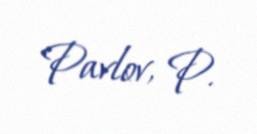
Pavlov, P.